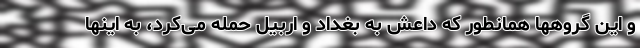
و این گروهها همانطور که داعش به بغداد و اربیل حمله می‌کرد، به اینها